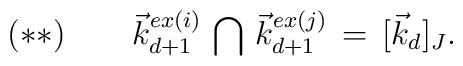
(**)\,\,\,\,\,\,\,\,\,\,\,\, \vec k_{d+1}^{ex(i)} \, \bigcap \, \vec {k}_{d+1}^{ex(j)}\, =\,[\vec {k}_d]_J.